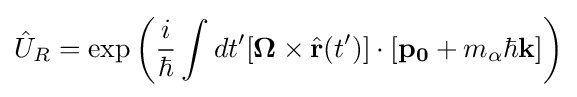
{\hat {U}}_{R}=\exp \left({\frac {i}{\hbar }}\int dt'[\mathbf {\Omega } \times {\hat {\mathbf {r} }}(t')]\cdot [\mathbf {p_{0}} +m_{\alpha }\hbar \mathbf {k} ]\right)